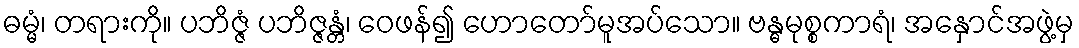
ဓမ္မံ၊ တရားကို။ ပဘိဇ္ဇံ ပဘိဇ္ဇန္တံ၊ ဝေဖန်၍ ဟောတော်မူအပ်သော။ ဗန္ဓမုစ္စကာရံ၊ အနှောင်အဖွဲ့မှ